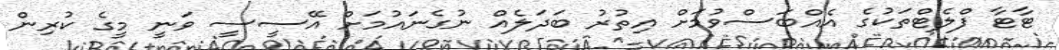
ޓާޓާ ފްލެޓްތަކުގެ އެއްބަސްވުމަށް އިތުރު ބަދަލެއް ނުގެނައުމަށް އޭސީސީ ވަނީ މީގެ ކުރިން